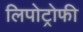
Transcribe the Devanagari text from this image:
लिपोट्रोफी